Annual administration report of the Civil Veterinary Department of India - 1904-1905
Year: 1904
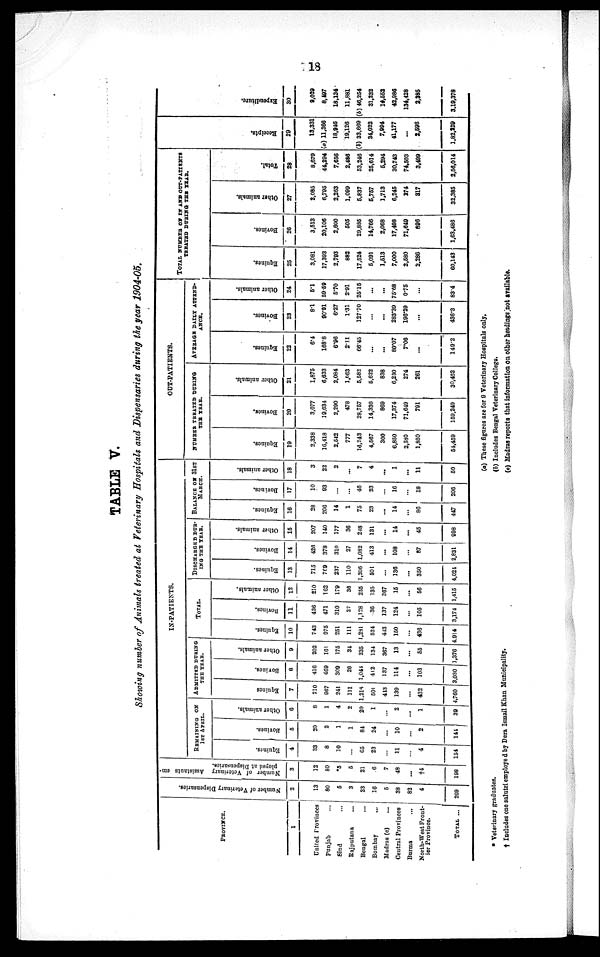
18
TABLE V.
Showing number of Animals treated at Veterinary Hospitals and Dispensaries during the year 1904-05.
PROVINCE.
1
Uniled Provinces
Punjab...
Sind ...
Rajputana ...
Bengal ...
Bombay ...
Madras (c) ...
Central Provinces
Burma ...
North-West Front-
ier Province.
TOTAL ...
Number of Veterinary Dispensaries.
2
13
80
5
3
23
16
5
38
82
4
269
Number of Veterinary Assistants em-
ployed at Dispensaries.
3
12
80
*5
5
21
6
7
48
...
†4
198
REMAINING ON 1ST APRIL.
Equities.
4
33
8
10
...
65
23
...
11
...
4
154
Bovines.
5
20
2
1
1
84
24
...
10
...
2
144
Other animals.
6
8
1
4
2
20
1
...
2
...
1
39
ADMITTED DURING
THE YEAR.
Equines
7
710
967
241
111
1,216
501
413
139
...
432
4,760
Bovines.
8
416
469
309
26
1,041
412
137
114
...
103
3,030
Other animals.
9
202
161
175
34
235
134
367
13
...
55
1,376
TOTAL.
Equines.
10
743
975
251
111
1,231
524
413
150
...
436
4,914
Bovines.
11
436
471
310
27
1,128
36
137
124
...
105
3,174
Other animals.
12
210
162
179
36
255
135
367
15
...
56
1,415
DISCHARGED DUR¬
ING THE YEAR.
Equines.
13
715
769
237
110
1,206
501
...
136
...
350
4,021
Bovines.
14
426
378
310
27
1,082
413
...
108
...
87
2,831
Other animals.
15
207
140
177
36
218
131
...
14
...
45
998
BALANCE ON 31ST MARCH.
Equines.
16
28
206
14
1
75
23
...
14
...
86
447
Bovines.
17
10
03
...
...
46
23
...
16
...
18
206
Other animals.
18
3
22
2
...
7
4
...
1
...
11
50
NUMBER TREATED DURING
THE YEAR.
Equines.
29
2,338
16,413
2,512
777
16,243
4,567
300
6,850
2,580
1,850
54,459
Bovines.
20
3,077
19,634
2,290
478
28,757
14,330
869
17,374
71,649
791
159,249
Other animals.
21
1,875
6,633
2,084
1,063
5,582
5,622
838
6,230
274
261
30,462
AVERAGE DAILY ATTEND-
ANCE.
Equines.
22
6.4
168.8
6.96
2.11
66.45
...
...
80.07
7.06
...
149.2
Bovines.
23
8.1
90.91
6.27
1.31
127.70
...
...
283.39
196.29
...
436.3
Other animals.
24
5.1
59.59
5.70
2.91
25.15
...
...
75.68
0.75
...
83.4
TOTAL NUMBER OF IN AND OUT-PATIENTS
TREATED DURING THE YEAR.
Equines.
25
3,081
17,393
2,793
882
17,524
5,091
1,513
7,000
2,580
2,286
60,143
Bovines.
26
3,513
20,106
2,600
505
29,835
14,766
2,068
17,498
71,649
896
1,63,486
Other animals.
27
2,085
6,795
2,263
1,099
5,837
5,757
1,713
6,245
274
317
32,385
Total.
28
8,679
44,294
7,656
2,486
53,246
25,614
5,294
30,743
74,503
3,499
2,56,014
Receipts.
29
13,331
(a) 11,366
18,946
19,126
(b) 33,669
34,022
7,994
41,177
...
2,598
1,82,229
Expenditure.
30
9,029
8,497
18,134
11,881
(b) 46,254
31,232
14,552
42,986
134,428
2,385
3,19,378
* Veterinary graduates.
† Includes one salutri employed by Dera Ismail Khan Municipality.
(a) These figures are for 9 Veterinary Hospitals only.
(b) Includes Bengal Veterinary College.
(c) Madras reports that information on other headings not available.